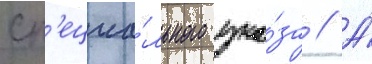
сп'ециа́льного ука́за // А́